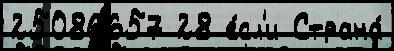
25086657 28 е́сл'и Страна́